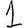
Digit: 1